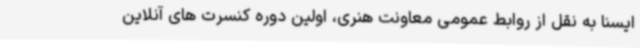
ایسنا به نقل از روابط عمومی معاونت هنری، اولین دوره کنسرت های آنلاین